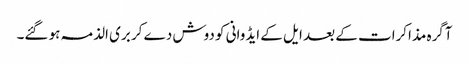
آگرہ مذاکرات کے بعد ایل کے ایڈوانی کو دوش دے کر بری الذمہ ہو گئے۔